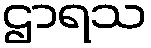
ဌာရသ